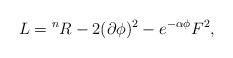
LaTeX: \begin{align*}L={}^nR-2(\partial\phi)^2-e^{-\alpha\phi}F^2,\end{align*}